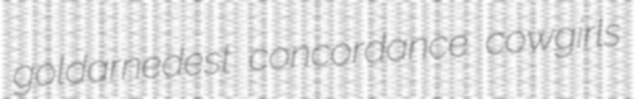
goldarnedest concordance cowgirls